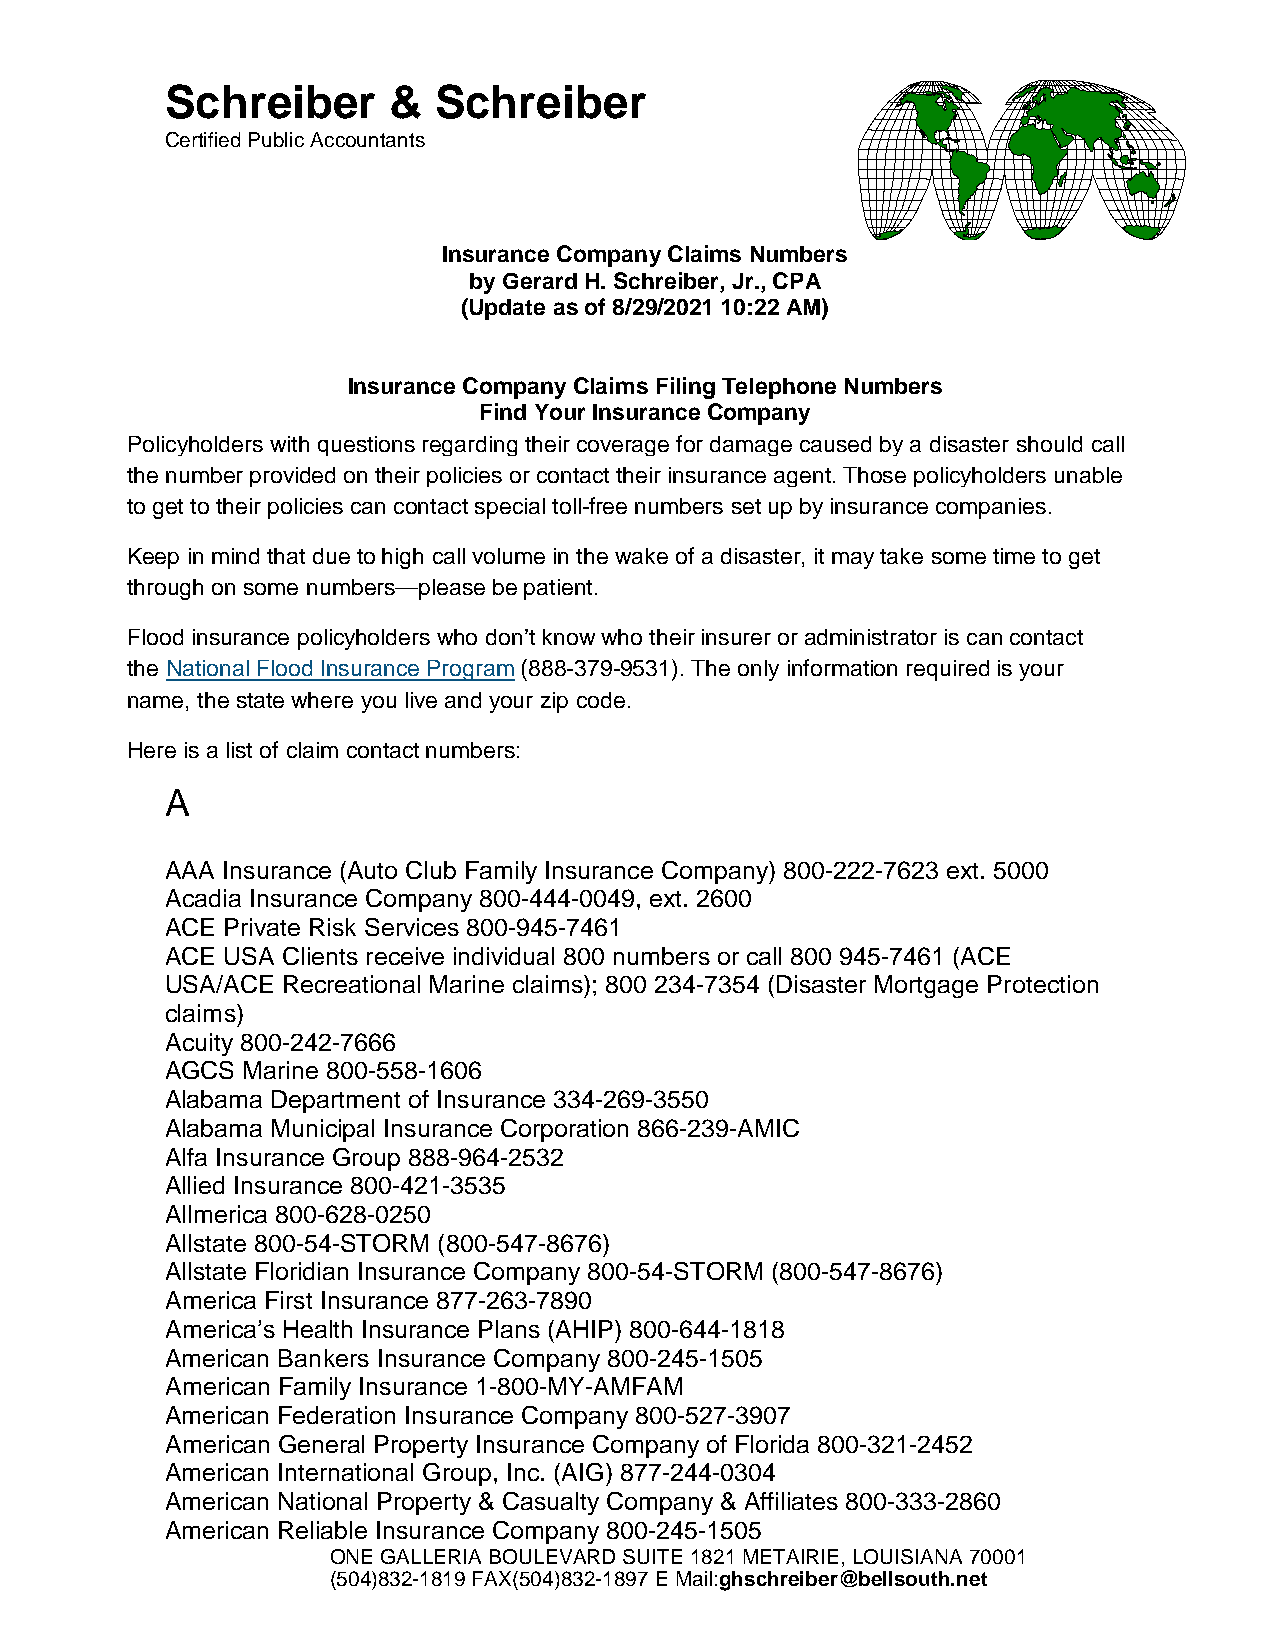
Schreiber      &  Schreiber
 Certified Public Accountants
 Insurance Company Claims Numbers
 by Gerard H. Schreiber, Jr., CPA
 (Update as of 8/29/2021 10:22 AM)
 Insurance Company Claims Filing Telephone Numbers
 Find Your Insurance Company
 Policyholders with questions regarding their coverage for damage caused by a disaster should call
 the number provided on their policies or contact their insurance agent. Those policyholders unable
 to get to their policies can contact special toll-free numbers set up by insurance companies.
 Keep in mind that due to high call volume in the wake of a disaster, it may take some time to get
 through on some numbers—please be patient.
 Flood insurance policyholders who don’t know who their insurer or administrator is can contact
 the National Flood Insurance Program (888-379-9531). The only information required is your
 name, the state where you live and your zip code.
 Here is a list of claim contact numbers:
 A
 AAA Insurance (Auto Club Family Insurance Company) 800-222-7623 ext. 5000
 Acadia Insurance Company 800-444-0049, ext. 2600
 ACE Private Risk Services 800-945-7461
 ACE USA Clients receive individual 800 numbers or call 800 945-7461 (ACE
 USA/ACE Recreational Marine claims); 800 234-7354 (Disaster Mortgage Protection
 claims)
 Acuity 800-242-7666
 AGCS Marine 800-558-1606
 Alabama Department of Insurance 334-269-3550
 Alabama Municipal Insurance Corporation 866-239-AMIC
 Alfa Insurance Group 888-964-2532
 Allied Insurance 800-421-3535
 Allmerica 800-628-0250
 Allstate 800-54-STORM (800-547-8676)
 Allstate Floridian Insurance Company 800-54-STORM (800-547-8676)
 America First Insurance 877-263-7890
 America’s Health Insurance Plans (AHIP) 800-644-1818
 American Bankers Insurance Company 800-245-1505
 American Family Insurance 1-800-MY-AMFAM
 American Federation Insurance Company 800-527-3907
 American General Property Insurance Company of Florida 800-321-2452
 American International Group, Inc. (AIG) 877-244-0304
 American National Property & Casualty Company & Affiliates 800-333-2860
 American Reliable Insurance Company 800-245-1505
 ONE GALLERIA BOULEVARD SUITE 1821 METAIRIE, LOUISIANA 70001
 (504)832-1819 FAX(504)832-1897 E Mail:ghschreiber@bellsouth.net